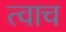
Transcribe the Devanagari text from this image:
त्वाच